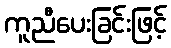
ကူညီပေးခြင်းဖြင့်